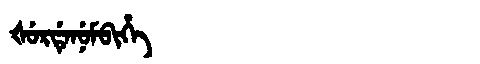
Manchu: ᡧᡠᡵᡩᡝᠨᡠᠮᠪᡳᡥᡝ
Romanization: ŠURDENUMBIHE